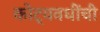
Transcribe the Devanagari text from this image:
कोट्यवधींची